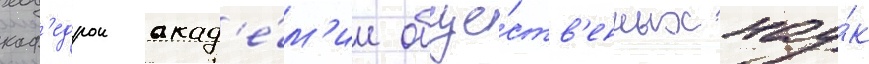
каф'едрои акад'е́м'ии обще́ств'енных нау́к